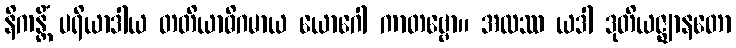
နိကန္တိံ ပရိယာဒါယ တတိယာဓိဂမာယ ယောဂေါ ကာတဗ္ဗော။ အထဿ ယဒါ ဒုတိယဇ္ဈာနတော